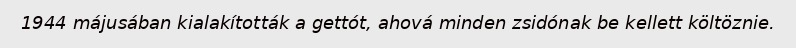
1944 májusában kialakították a gettót, ahová minden zsidónak be kellett költöznie.